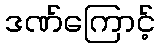
ဒဏ်ကြောင့်